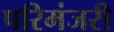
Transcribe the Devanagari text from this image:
परिमंजरी